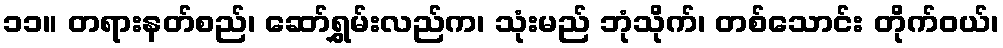
၁၁။ တရားနတ်စည်၊ ဆော်ရွှမ်းလည်က၊ သုံးမည် ဘုံသိုက်၊ တစ်သောင်း တိုက်ဝယ်၊